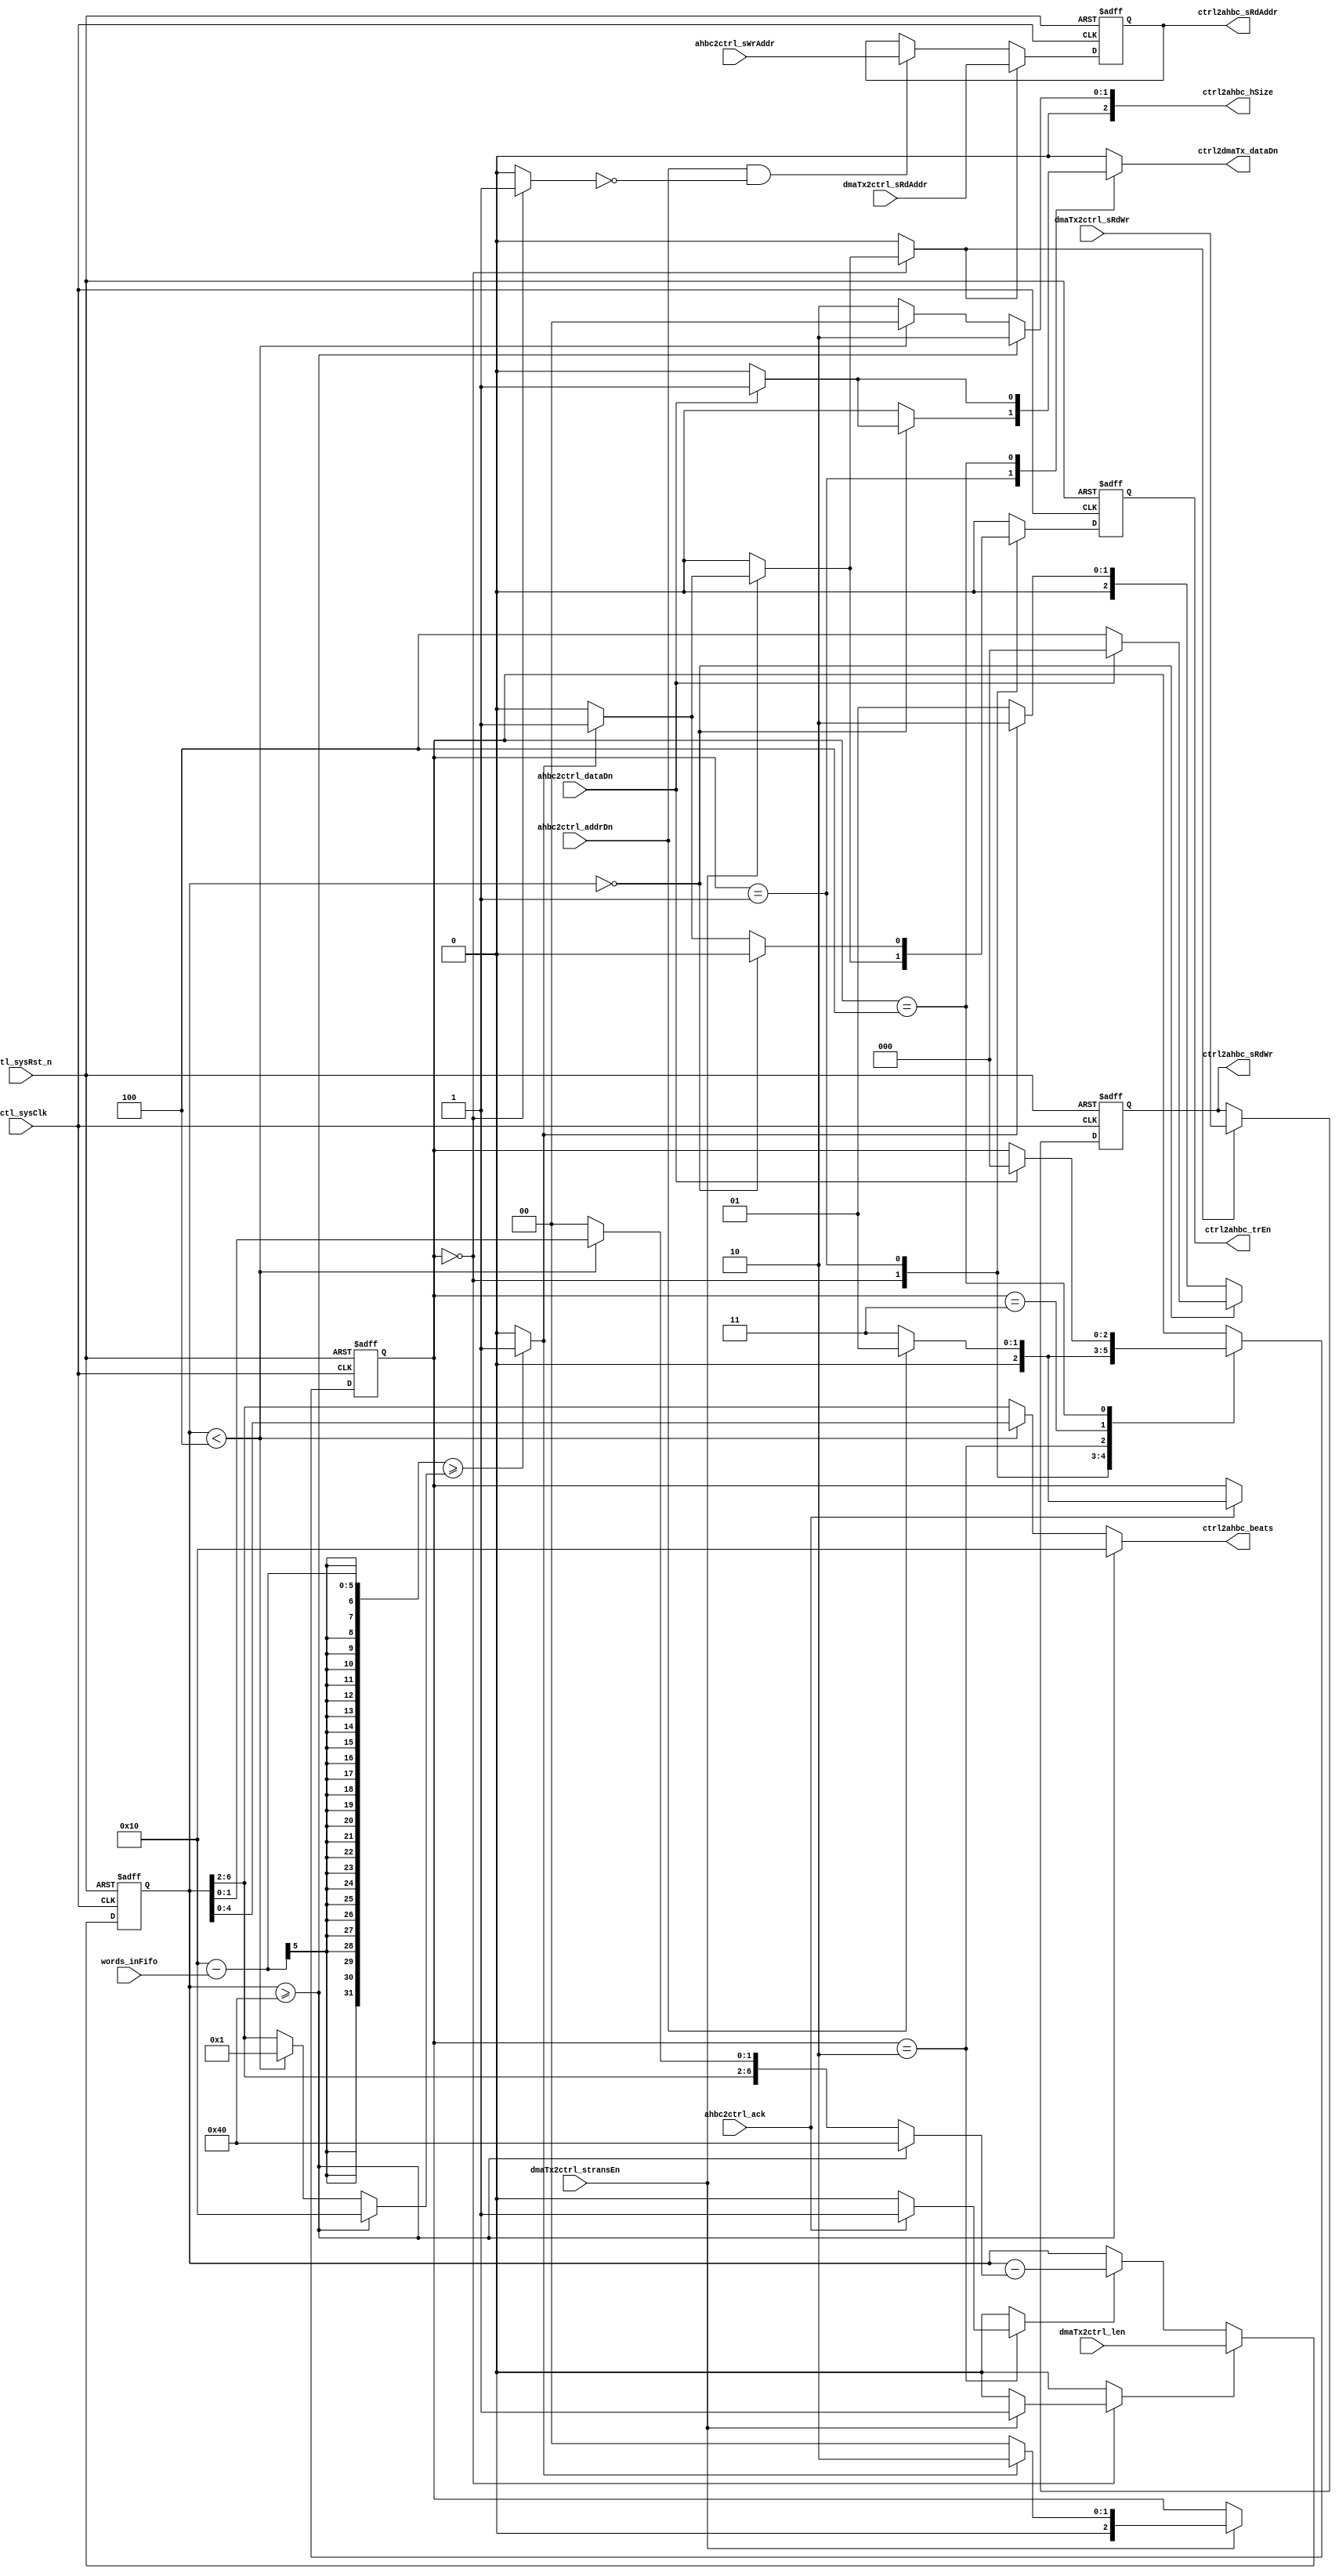
`timescale 1ns / 1ps
//-------------------------------------------------------------------
// Copyright  2012 TECHVULCAN, Inc. All rights reserved.		   
// TechVulcan Confidential and Proprietary
// Not to be used, copied reproduced in whole or in part, nor	   
// its contents							   
// revealed in any manner to others without the express written	   
// permission	of TechVulcan 					   
// Licensed Material.						   
// Program Property of TECHVULCAN Incorporated.	
// ------------------------------------------------------------------
// AUTHOR EMAIL	: anuj.pandey@techvulcan.com
// VERSION        : 0.3
//-------------------------------------------------------------------

//TODO fixes in 0.2
// dmaTx2ctrl_sRdWr signal is registered now and making it low when transfer is finished. Earlier was assigning. - done

//TODO fixes we have to do in 0.3
//TODO delay in back to back transfers - pending
//TODO make RdWr logic as it was earlier - done
//TODO when Rx part is working..no signal should b driven in this block - done

module uctl_ctrlAhbTx#(
   parameter  CNTR_WD   = 20 ,
              ADDR_SIZE = 32 ,
              DATA_SIZE = 32 ,
              ADD_WIDTH = 4  


)(


   //---------------------------------------------------
   // Global signals
   //---------------------------------------------------

   //---------------------------------------------------
   // System uctl_sysClk and reset
   //---------------------------------------------------
   input  wire                    uctl_sysClk          ,
   input  wire                    uctl_sysRst_n        ,

   //---------------------------------------------------
   // DMA interface
   //---------------------------------------------------
   input  wire [CNTR_WD   -1  :0] dmaTx2ctrl_len       ,
   input  wire                    dmaTx2ctrl_sRdWr     ,// Read or write operation
   input  wire                    dmaTx2ctrl_stransEn  ,
   input  wire [ADDR_SIZE -1  :0] dmaTx2ctrl_sRdAddr   ,

   output reg                     ctrl2dmaTx_dataDn    ,

   //---------------------------------------------------
   // FIFO signals
   //---------------------------------------------------
   input  wire [5           -1:0] words_inFifo         ,

   //---------------------------------------------------
   // AHB i/o
   //---------------------------------------------------
   input  wire                    ahbc2ctrl_ack        ,// ack from ahb to ctrl logic dt info has recvd 
   input  wire                    ahbc2ctrl_addrDn     ,// after trsnfrin burst, done frm ahb 2 ctrl lgic 
   input  wire                    ahbc2ctrl_dataDn     ,// after trsnfrin whole data, done frm ahb 2 ctrl lgic
   input  wire [31           :0]  ahbc2ctrl_sWrAddr     ,

   output reg                     ctrl2ahbc_trEn       ,// enbl signl frm control logic 2 strt the trnsfr
   output wire [4            :0]  ctrl2ahbc_beats      ,// no f beats in a burst ( length f trnsfr )
   output wire [2            :0]  ctrl2ahbc_hSize      ,  // width of transfer
   output wire [ADDR_SIZE -1 :0]  ctrl2ahbc_sRdAddr    ,  
   output reg                     ctrl2ahbc_sRdWr 

   );

   localparam  IDLE           = 3'b000,
               MKBURST        = 3'b001,
               SUBTRREQ       = 3'b010,
               SUBTRANS       = 3'b011,
               WTDDN          = 3'b100,
         
               WORD           = 3'b010 ,
               HWORD          = 3'b001 ,
               BYTES          = 3'b000 ,
         

               INCR16         = 3'b111,                           
               INCR           = 3'b001;  

  localparam   DEPTH     = 2**ADD_WIDTH;
               

   //---------------------------------------------------
   // internal reg or wires
   //---------------------------------------------------
   reg  [2                    :0] nxt_state            ,
                                  cur_state            ;
   reg  [CNTR_WD            -1:0] nBytes               ; // ahb wil store no f bytes in this
   reg                            nBytes_ld            ;
   reg                            nBytes_decr          ;
   reg                            sys_addr_ld          ;
   reg                            ctrl2ahbc_trEn_nxt   ;
   reg  [2                    :0] ctrlHsize            ; // ahb wil store hsize in this reg
   reg  [4                    :0] ctrlBeats            ; // ahb wil store beats in this reg
   reg  [5                  -1:0] nWords_delta         ;
   reg  [7                  -1:0] nBytes_delta         ; //no f bytes sent
   wire                           threshold            ;
   reg [31            :0]         sys_rdAdd            ;
   reg                            RdWr_ld              ;
   reg                            idle_state           ; // signal tells that currently we are in idle state

   always @ (posedge uctl_sysClk , negedge  uctl_sysRst_n) begin
      if(!uctl_sysRst_n) begin
         sys_rdAdd <= {32{1'b0}};
      end
      else if(sys_addr_ld) begin
         sys_rdAdd <= dmaTx2ctrl_sRdAddr;
      end 
      else if(ahbc2ctrl_addrDn && !idle_state) begin
         sys_rdAdd <= ahbc2ctrl_sWrAddr;
      end
   end


   always @ (posedge uctl_sysClk , negedge  uctl_sysRst_n) begin
      if(!uctl_sysRst_n) begin
         ctrl2ahbc_trEn    <= 1'b0;
      end
      else begin 
         ctrl2ahbc_trEn    <= ctrl2ahbc_trEn_nxt;
      end
   end

   always @ (posedge uctl_sysClk , negedge  uctl_sysRst_n) begin
      if(!uctl_sysRst_n) begin
         ctrl2ahbc_sRdWr    <= 1'b0;
      end
      else if(RdWr_ld == 1'b1) begin 
         ctrl2ahbc_sRdWr    <= dmaTx2ctrl_sRdWr;
      end
   end



   always @ (posedge uctl_sysClk , negedge  uctl_sysRst_n) begin
      if(!uctl_sysRst_n) begin
         nBytes <= {CNTR_WD{1'b0}};             
      end
      // storing incoming byte length into local reg
      else if(nBytes_ld) begin 
         nBytes <= dmaTx2ctrl_len;
      end
      else if(nBytes_decr) begin
         nBytes <=  nBytes - nBytes_delta;
      end
   end

   always@(*) begin
      if(nBytes >= 20'd64) begin
         ctrlHsize    =  WORD  ;
         ctrlBeats    =  5'd16;
         nBytes_delta =  7'd64;
         nWords_delta =  5'd16;
      end
      else if (nBytes < 4) begin
         ctrlHsize    =  BYTES;
         ctrlBeats    =  nBytes[4:0];
         nBytes_delta =  nBytes[6:0];
         nWords_delta =  5'd1;
      end
      else begin 
         ctrlHsize    =  WORD;
         //ctrlBeats    =  {2'b00 , nBytes[4:2]};    TODO why we changed it with below line
         ctrlBeats    =   nBytes[6:2];
         nBytes_delta =  {nBytes[6:2], 2'b00};
         nWords_delta =  nBytes[6:2];
      end
   end

   assign threshold        = ((DEPTH - words_inFifo) >= nWords_delta)? 1'b1 : 1'b0; 
   assign ctrl2ahbc_beats  = ctrlBeats   ;// ctrlHsize; 
   assign ctrl2ahbc_hSize  = ctrlHsize   ;//ctrlBeats;
   assign ctrl2ahbc_sRdAddr = sys_rdAdd ;
  // assign ctrl2ahbc_sRdWr  = dmaTx2ctrl_sRdWr;

   // STATE MACHINE
   always @ (*) begin
   nxt_state          = cur_state ;
   nBytes_ld          = 1'b0;
   ctrl2ahbc_trEn_nxt = 1'b0;
   ctrl2dmaTx_dataDn  = 1'b0;
   sys_addr_ld        = 1'b0;
   nBytes_decr        = 1'b0;
   RdWr_ld            = 1'b0;
   idle_state         = 1'b0;

   case(cur_state) 

      IDLE: begin
         idle_state  = 1'b1;
         if(dmaTx2ctrl_stransEn == 1'b1) begin
            nBytes_ld          = 1'b1;
            if(threshold) begin
               ctrl2ahbc_trEn_nxt = 1'b1;
               sys_addr_ld        = 1'b1;
               nxt_state          = SUBTRREQ;
               RdWr_ld            = 1'b1;
            end
            else begin
               ctrl2ahbc_trEn_nxt = 1'b0;
               RdWr_ld            = 1'b0;
               nxt_state          = IDLE;
            end
         end
      end

      MKBURST:begin//{
         RdWr_ld = 1'b0;
         if(nBytes== {CNTR_WD{1'b0}} ) begin
            if(ahbc2ctrl_dataDn) begin
               ctrl2dmaTx_dataDn    =1'b1;
               nxt_state = IDLE;
            end
            else begin
               nxt_state = WTDDN;
            end
         end
         else begin
            if(threshold == 1'b1)begin
               nxt_state = SUBTRREQ;
               ctrl2ahbc_trEn_nxt = 1'b1;
            end
            else begin
               nxt_state = MKBURST;
               ctrl2ahbc_trEn_nxt = 1'b0;
            end
         end
      end//}

      SUBTRREQ: begin 
         RdWr_ld = 1'b0;
         if(ahbc2ctrl_ack) begin
            nBytes_decr = 1'b1;
            if(ahbc2ctrl_addrDn) begin
               nxt_state = MKBURST;

           /*    if(threshold == 1'b1)begin
                  nxt_state = SUBTRREQ;
                  ctrl2ahbc_trEn_nxt = 1'b1;
               end
               else begin
                  nxt_state = MKBURST;
                  ctrl2ahbc_trEn_nxt = 1'b0;
               end
           */
            end
            else begin
               nxt_state = SUBTRANS;
            end
         ctrl2ahbc_trEn_nxt = 1'b0;
         end
      end


      SUBTRANS: begin//{
         RdWr_ld = 1'b0;
         if(ahbc2ctrl_addrDn) begin
            nxt_state = MKBURST;
         end
         else begin
            nxt_state = SUBTRANS;
         end
      end//}


      WTDDN: begin//{
         RdWr_ld = 1'b0;
         if(ahbc2ctrl_dataDn) begin
            ctrl2dmaTx_dataDn   =1'b1;
            nxt_state     = IDLE;
         end
      end//}


   endcase
   end


   always @ (posedge uctl_sysClk or negedge  uctl_sysRst_n) begin
      if(!uctl_sysRst_n) begin
         cur_state <=  IDLE;
      end
      else begin
         cur_state <= nxt_state;
      end
   end 


endmodule